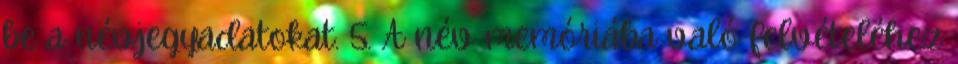
be a névjegyadatokat. 5. A név memóriába való felvételéhez